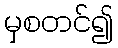
မှစတင်၍